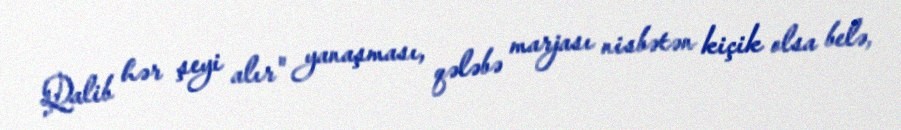
Qalib hər şeyi alır" yanaşması, qələbə marjası nisbətən kiçik olsa belə,